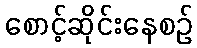
စောင့်ဆိုင်းနေစဉ်